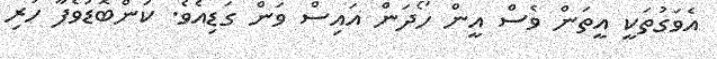
އެވަގުތަކީ އީތަން ވެސް އީން ހޯދަން އައިސް ވަން ގަޑިއެވެ. ކަންބޮޑުވެފާ ހުރި